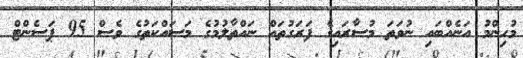
މުހިންމު އަނެއްބައި ނުވަތަ މުސާރައިގެ ފަރަގުތައް ނައްތާލުމުގެ މަސައްކަތުގެ ވެސް 95 ޕަސެންޓް